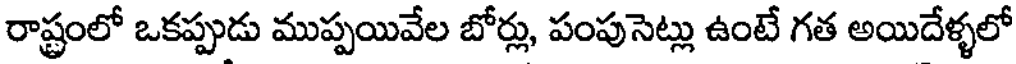
రాష్ట్రంలో ఒకప్పుడు ముప్పయివేల బోర్లు, పంపుసెట్లు ఉంటే గత అయిదేళ్ళలో